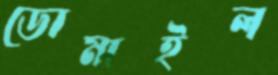
ডোমাইল